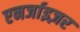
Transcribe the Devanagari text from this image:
एनर्जाइज़र